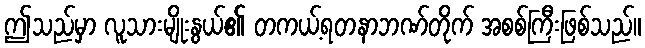
ဤသည်မှာ လူသားမျိုးနွယ်၏ တကယ့်ရတနာဘဏ်တိုက် အစစ်ကြီးဖြစ်သည်။